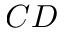
C D